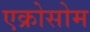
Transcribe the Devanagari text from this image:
एक्रोसोम